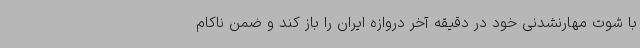
با شوت مهارنشدنی خود در دقیقه آخر دروازه ایران را باز کند و ضمن ناکام